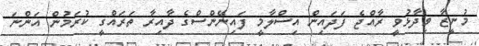
މުނީޒާ ވިދާޅުވީ ރާއްޖެ ފަދައިން އިސްލާމީ ފައިނޭންސްގެ ދާއިރާ ތަރައްގީ ކުރަމުން އަންނަ